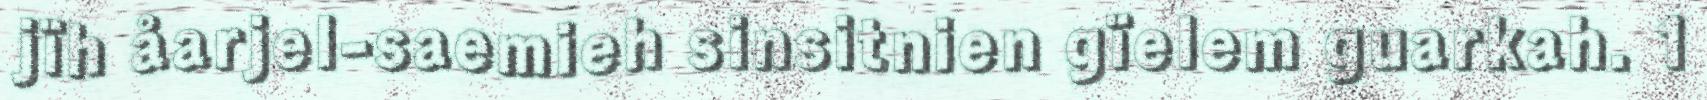
jïh åarjel-saemieh sinsitnien gïelem guarkah. 1